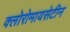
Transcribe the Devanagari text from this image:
क्लोरोमायसेटीन